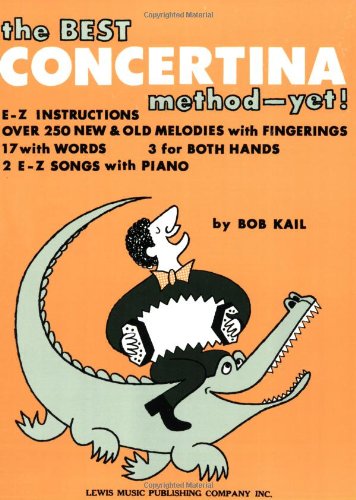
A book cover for The Best Concertina Method Yet; Bob Kail; Travel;